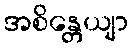
အစိန္တေယျာ